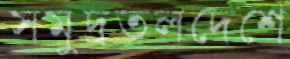
সমুদ্রতলদেশে